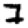
Digit: 7